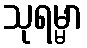
သုရမ္မာ